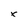
Character: x